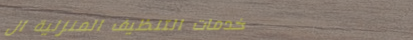
خدمات التنظيف المنزلية ال